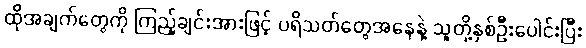
ထိုအချက်တွေကို ကြည့်ချင်းအားဖြင့် ပရိသတ်တွေအနေနဲ့ သူတို့နှစ်ဦးပေါင်းပြီး